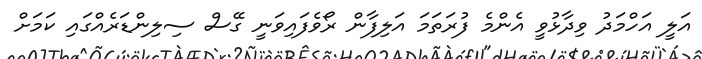
އަލީ އަހްމަދު ވިދާޅުވީ އެންމެ ފުރަތަމަ އަލިފާން ރޯވެފައިވަނީ ގޭސް ސިލިންޑަރެއްގައި ކަމަށް